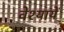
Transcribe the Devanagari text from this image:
वेश्यायें